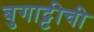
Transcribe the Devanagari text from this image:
बुगाट्टीची